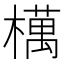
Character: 𣜜